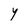
Character: Y